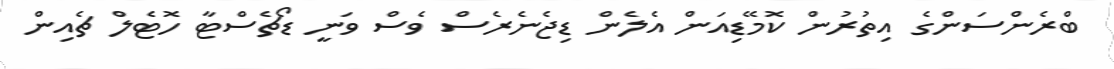
ބްރެންސަންގެ އިތުރުން ކޮމޭޑިއަން އެލެން ޑިޖެނެރެސް ވެސް ވަނީ ޑޯޗެސްޓާ ހޮޓެލް ޗެއިން